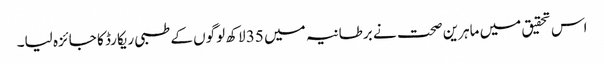
اس تحقیق میں ماہرین صحت نے برطانیہ میں 35 لاکھ لوگوں کے طبی ریکارڈ کا جائزہ لیا۔